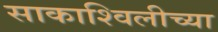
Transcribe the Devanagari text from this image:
साकाश्विलीच्या